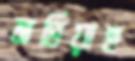
মাখিয়াছ